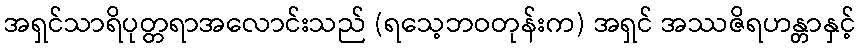
အရှင်သာရိပုတ္တရာအလောင်းသည် (ရသေ့ဘဝတုန်းက) အရှင် အဿဇိရဟန္တာနှင့်